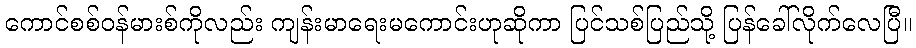
ကောင်စစ်ဝန်မားစ်ကိုလည်း ကျန်းမာရေးမကောင်းဟုဆိုကာ ပြင်သစ်ပြည်သို့ ပြန်ခေါ်လိုက်လေပြီ။